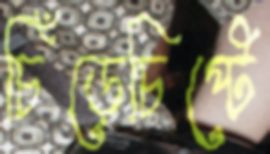
চিঁড়েচিপ্টে